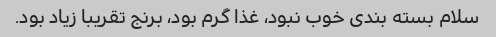
سلام بسته بندی خوب نبود، غذا گرم بود، برنج تقریبا زیاد بود.